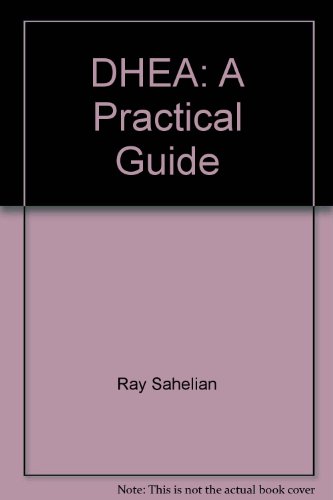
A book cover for DHEA: A Practical Guide; Ray Sahelian; Health, Fitness & Dieting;